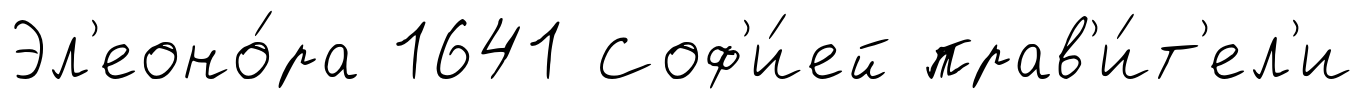
Эл'еоно́ра 1641 Соф'и́ей прав'и́т'ел'и